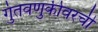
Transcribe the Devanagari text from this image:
गुंतवणुकीवरची